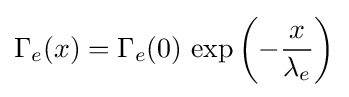
\Gamma _{e}(x)=\Gamma _{e}(0)\,\exp {\left(-{\frac {x}{\lambda _{e}}}\right)}